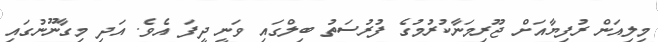
މިލިއަން ރުފިޔާއަށް ޖޫރިމަނާކުރުމުގެ ފުރުސަތު ބިލްގައި ވަނީ ދީފަ އެވެ. އަދި މިގާނޫނުގައި